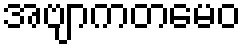
အဗျာကတမေဝ